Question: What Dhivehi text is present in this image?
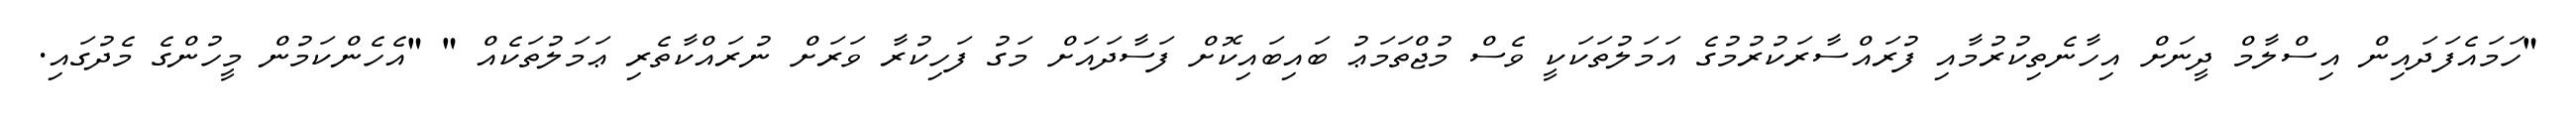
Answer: "ހަމައެފަދައިން އިސްލާމް ދީނަށް އިހާނެތިކުރުމާއި ފުރައްސާރަކުރުމުގެ އަމަލުތަކަކީ ވެސް މުޖްތަމަޢު ބައިބައިކޮށް ފަސާދައަށް މަގު ފަހިކުރާ ވަރަށް ނުރައްކާތެރި ޢަމަލުތަކެއް " "އެހެންކަމުން މީހުންގެ މެދުގައި.